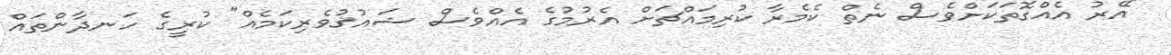
"އޭރު އެއްގޮތަކަށްވެސް ނެތް ކެމެރާ ކުރިމައްޗަށް އެރުމުގެ އެއްވެސް ޝައުޤުވެރިކަމެއް" ކުރީގެ ހަނދާންތައް